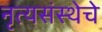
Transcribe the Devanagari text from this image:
नृत्यसंस्थेचे